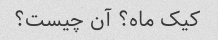
کیک ماه؟ آن چیست؟